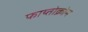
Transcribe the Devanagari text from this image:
फाय्तोक्रोम